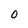
Character: 0